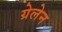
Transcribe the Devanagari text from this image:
ग्रेलेन